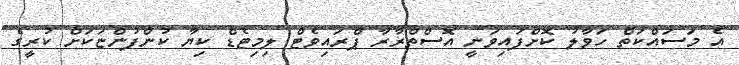
އެ މަސައްކަތް ހަވާލު ކޮށްފައިވަނީ އޮސްތްރާރާ ޕްރައިވެޓް ލިމިޓެޑް ކިޔާ ކުންފުންޏަކަށް ކުރީގެ